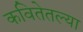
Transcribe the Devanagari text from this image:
कवितेतल्या